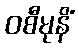
ဝစီမုနိံ